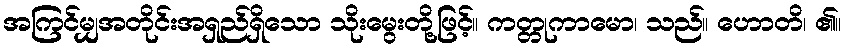
အကြင်မျှအတိုင်းအရှည်ရှိသော သိုးမွေးတို့ဖြင့်။ ကတ္တုကာမော၊ သည်။ ဟောတိ၊ ၏။